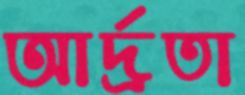
আর্দ্রতা